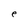
Character: e